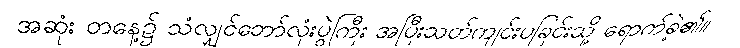
အဆုံး တနေ့၌ သံလျှင်ဘော်လုံးပွဲကြီး အပြီးသတ်ကျင်းပခြင်းသို့ ရောက်ခဲ့၏။